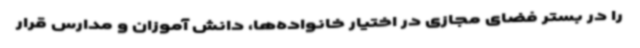
را در بستر فضای مجازی در اختیار خانواده‌ها، دانش آموزان و مدارس قرار